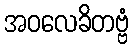
အဝလေခိတဗ္ဗံ